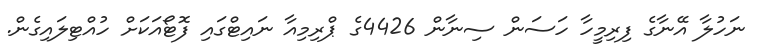
ނަހުލާ އޭނާގެ ފިރިމީހާ ހަސަން ސިނާން 4426ގެ ޕްރިމިއާ ނައިޓްގައި ފޮޓޯއަކަށް ހުއްޓިލައިގެން.